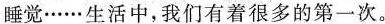
睡觉······生活中，我们有着很多的第一次。